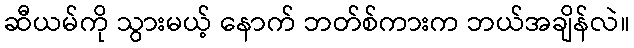
ဆီယမ်ကို သွားမယ့် နောက် ဘတ်စ်ကားက ဘယ်အချိန်လဲ။